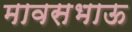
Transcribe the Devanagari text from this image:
मावसभाऊ